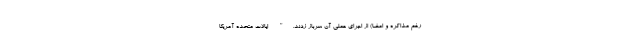
رغم مذاکره و امضا) از اجرای عملی آن سرباز زدند." ایالات متحده آمریکا